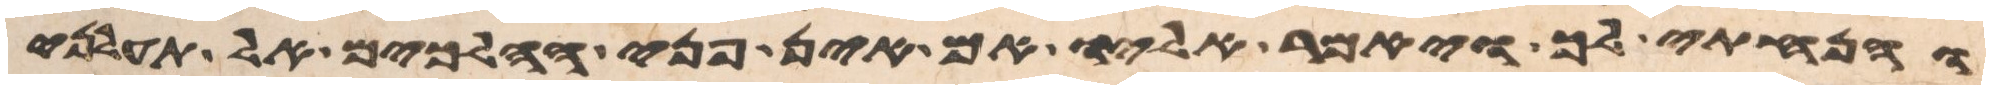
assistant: והנחתי לך ויאמר אליו אם אין פניך הלכים אל תעלני